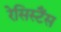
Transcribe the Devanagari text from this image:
रेसिस्टैंस